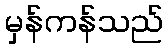
မှန်ကန်သည်